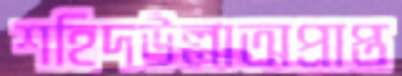
শহিদউল্লাঅপ্রাপ্ত